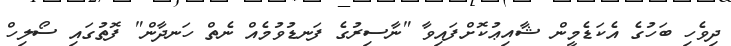
ދިވެހި ބަހުގެ އެކަޑެމީން ޝާއިޢުކޮށްފައިވާ "ނާސިރުގެ ފަނޑުވުމެއް ނެތް ހަނދާން" ފޮތުގައި ސޯލިހް